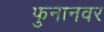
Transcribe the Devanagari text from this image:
फुनानवर